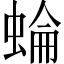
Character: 蜦